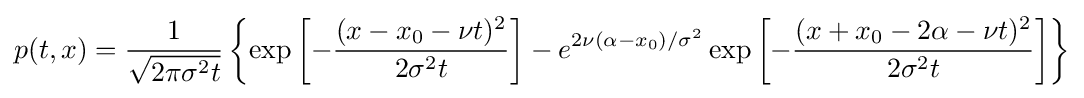
p(t,x)={1 \over {\sqrt {2\pi \sigma ^{2}t}}}\left\{\exp \left[-{(x-x_{0}-\nu t)^{2} \over {2\sigma ^{2}t}}\right]-e^{2\nu (\alpha -x_{0})/\sigma ^{2}}\exp \left[-{(x+x_{0}-2\alpha -\nu t)^{2} \over {2\sigma ^{2}t}}\right]\right\}